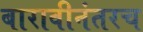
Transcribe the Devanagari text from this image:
बारावीनंतरच